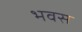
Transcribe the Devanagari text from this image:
भवस